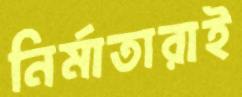
নির্মাতারাই